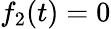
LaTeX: f_{2}(t)=0